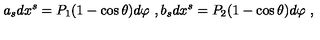
a _ { s } d x ^ { s } = P _ { 1 } ( 1 - \cos \theta ) d \varphi \ , b _ { s } d x ^ { s } = P _ { 2 } ( 1 - \cos \theta ) d \varphi \ ,